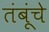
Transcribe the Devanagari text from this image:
तंबूंचे